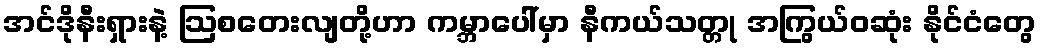
အင်ဒိုနီးရှားနဲ့ ဩစတေးလျတို့ဟာ ကမ္ဘာပေါ်မှာ နီကယ်သတ္တု အကြွယ်ဝဆုံး နိုင်ငံတွေ